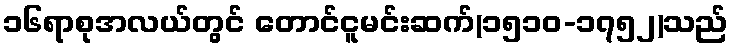
၁၆ရာစုအလယ်တွင် တောင်ငူမင်းဆက်(၁၅၁၀-၁၇၅၂)သည်